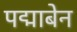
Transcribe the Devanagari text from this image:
पद्माबेन